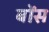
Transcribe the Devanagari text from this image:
बोंस